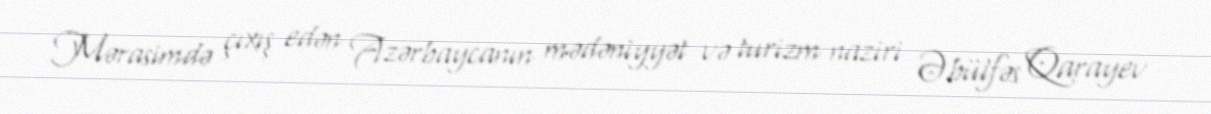
Mərasimdə çıxış edən Azərbaycanın mədəniyyət və turizm naziri Əbülfəs Qarayev